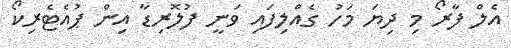
އެލް ފާރޯ މި ދިޔަ މަހު ގެއްލިފައި ވަނީ ފުލޮރިޑާ އިން ޕުއެޓެރިކޯ